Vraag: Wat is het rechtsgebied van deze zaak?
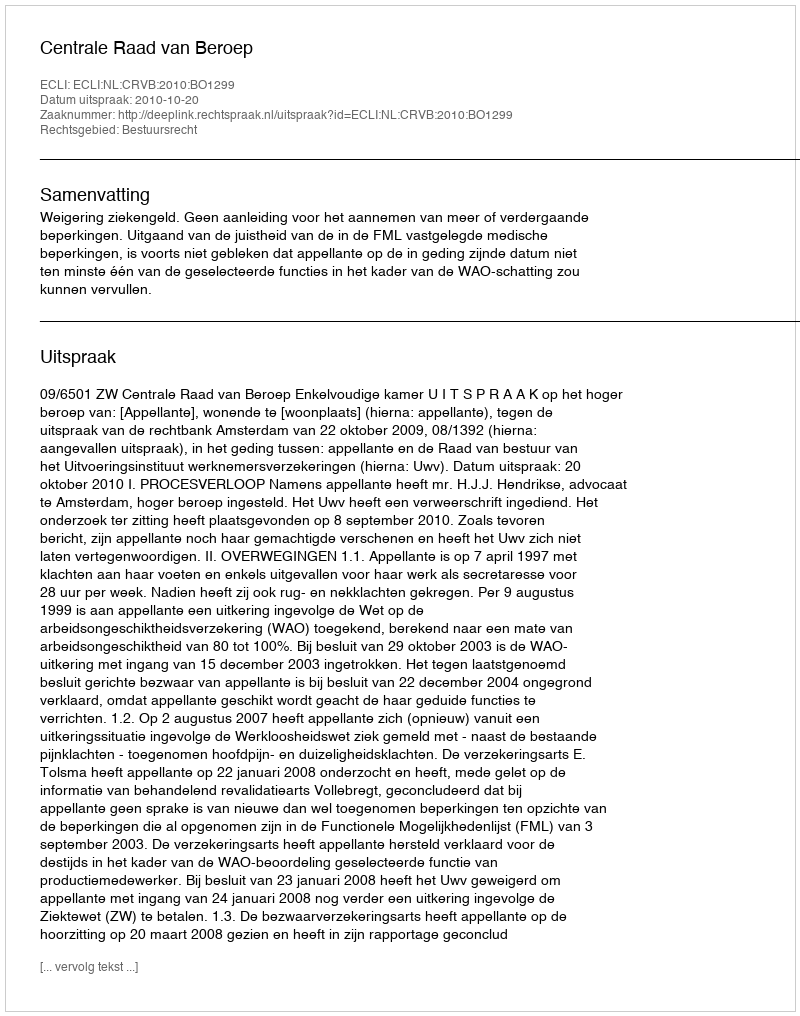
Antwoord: Bestuursrecht